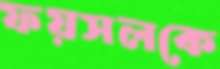
ফয়সলকে